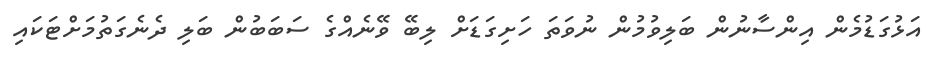
އަޅުގަޑުމެން އިންސާނުން ބަލިވުމުން ނުވަތަ ހަށިގަޑަށް ލިބޭ ވޭނެއްގެ ސަބަބުން ބަލި ދެނެގަތުމަށްޓަކައި